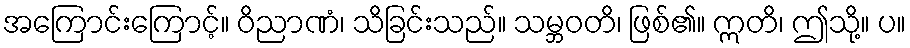
အကြောင်းကြောင့်။ ဝိညာဏံ၊ သိခြင်းသည်။ သမ္ဘဝတိ၊ ဖြစ်၏။ ဣတိ၊ ဤသို့။ ပ။